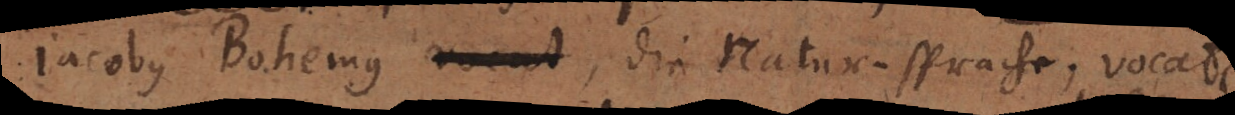
jacobus Bohemus _, Die Natur-Sprache, vocat